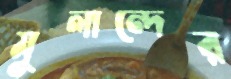
মুলান্দের